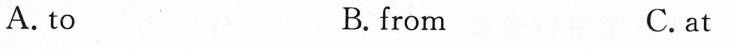
A. to B. from C. at